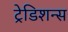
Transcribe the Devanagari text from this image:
ट्रेडिशन्स